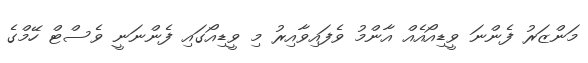
މަންޒަރު ފެންނަ ވީޑިއޯއެއް އާންމު ވެފައިވާއިރު މި ވީޑިއޯގައި ފެންނަނީ ވެސްޓް ހޭމްގެ